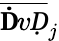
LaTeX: \overline{{\mathbf ḊvḌ}}_{j}